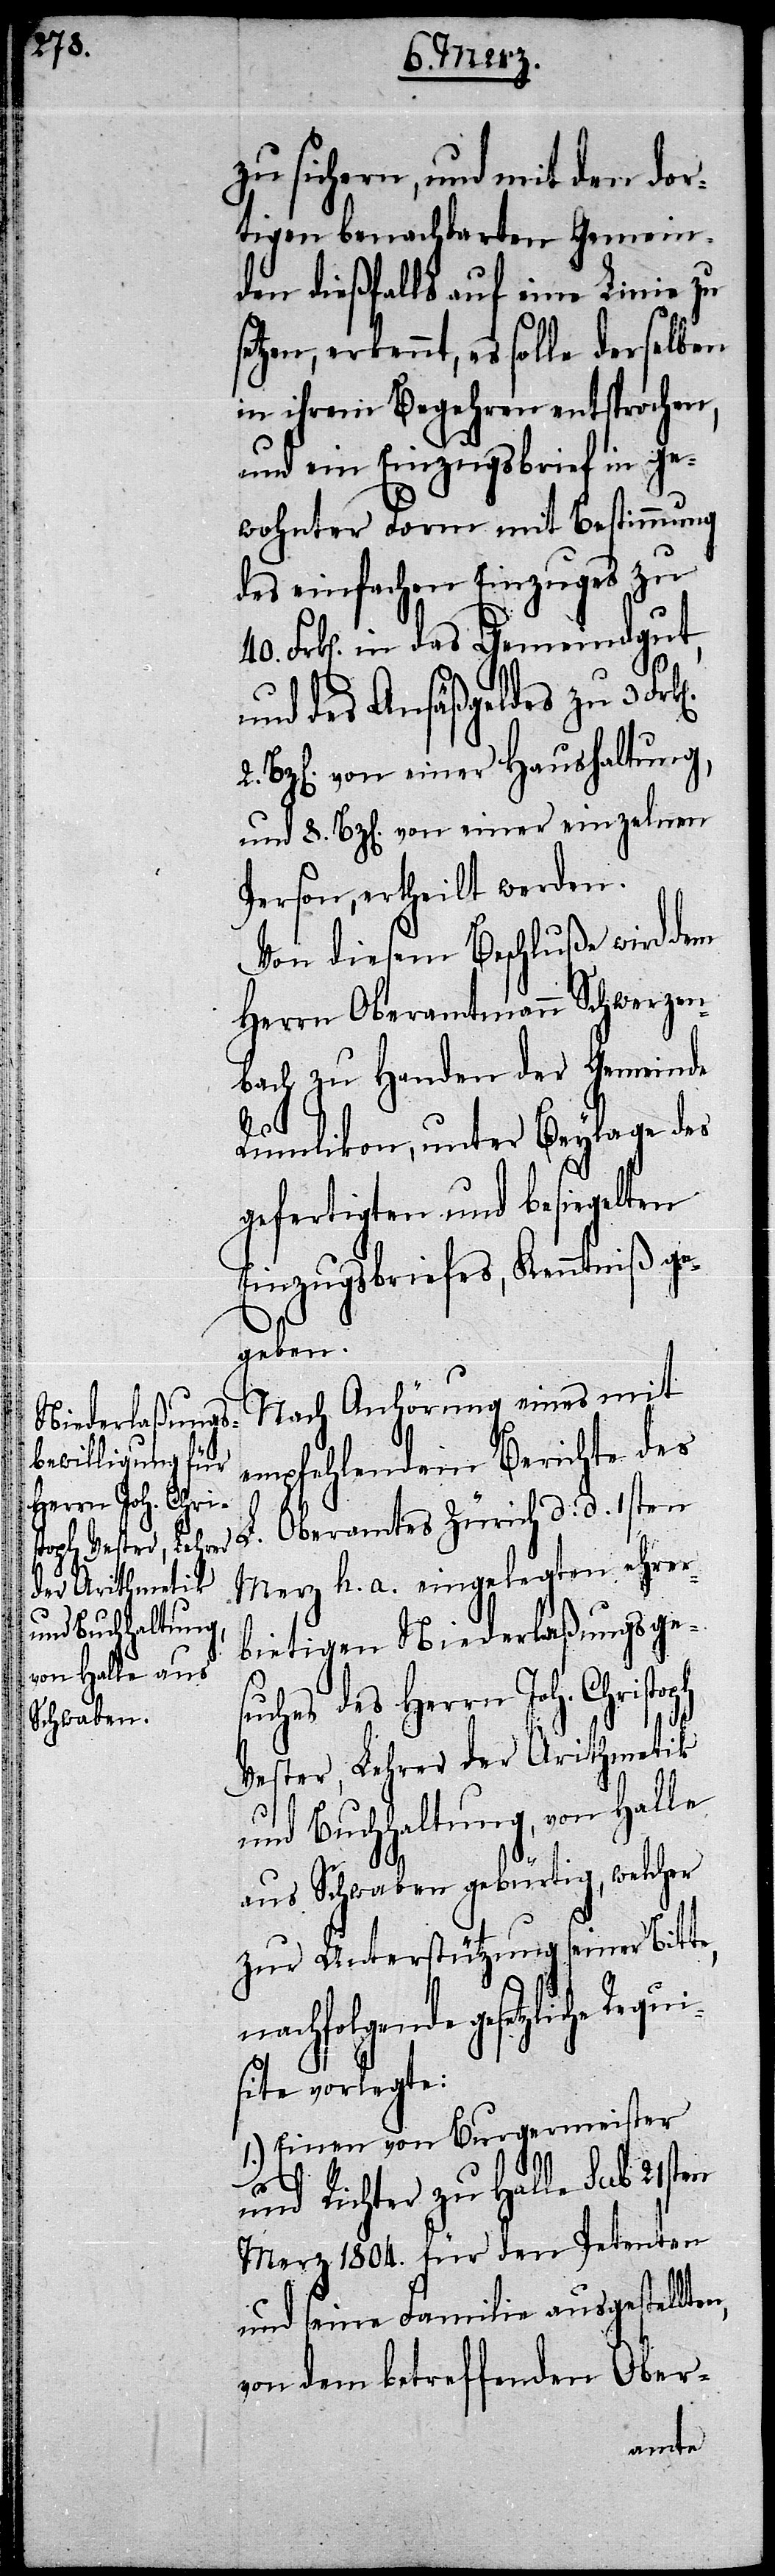
oph Vester, Lehrer
der Arithmetik

zu sichern, und mit den dor¬
tigen benachbarten Gemein¬
den dießfalls auf eine Linie zu
etzen, erkennt, es solle derselben
in ihrem Begehren entsprochen,
und ein Einzugsbrief in ge¬
wohnter Form mit Bestimmung
des einfachen Einzuges zu
Frk[en]. in das Gemeindgut,
und des Ansäßgeldes zu 3 Fr¬
Bz[en]. von einer Haushaltung,
und 8. Bz[en]. von einer einzelnen
Person, ertheilt werden.
Von diesem Beschluße wird dem
Herrn Oberamtmann Schwerzen¬
bach zu Handen der Gemeinde
Rumlikon, unter Beylage des
gefertigten und besiegelten
Einzugsbriefes, Kenntniß ge¬
geben.
Nach Anhörung eines mit
empfehlendem Berichte des
L. Oberamtes Zürich d. d. 1sten
Merz h. a. eingelegten ehrer¬
bietigen Niederlaßungsges¬
uches des Herrn Joh. Christ¬
und Buchhaltung, von Halle
aus Schwaben gebürtig, welcher
zur Unterstützung seiner Bitte,
iche Requi¬
site vorlegte:
1.) Einen von Burgermeister
2.
und Richter zu Halle Sub 21sten
Merz 1804. für den Petenten
und seine Familie ausgestellten,
von dem betreffenden Ober-